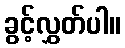
ခွင့်လွှတ်ပါ။